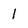
Character: 1